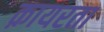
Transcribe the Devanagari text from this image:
क़ायरता